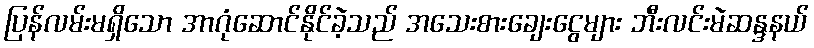
ပြန်လမ်းမရှိသော အာဂုံဆောင်နိုင်ခဲ့သည် အသေးစားချေးငွေများ ဘီးလင်းမဲဆန္ဒနယ်